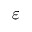
\varepsilon